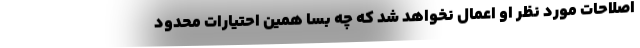
اصلاحات مورد نظر او اِعمال نخواهد شد که چه بسا همین احتیارات محدود